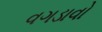
વગડાવો